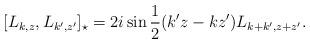
LaTeX: \begin{align*} [L_{k,z},L_{k',z'}]_{\star}=2i\sin \frac{1}{2}(k'z-k z')L_{k+k',z+z'}.\end{align*}